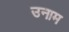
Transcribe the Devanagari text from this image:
उनाम